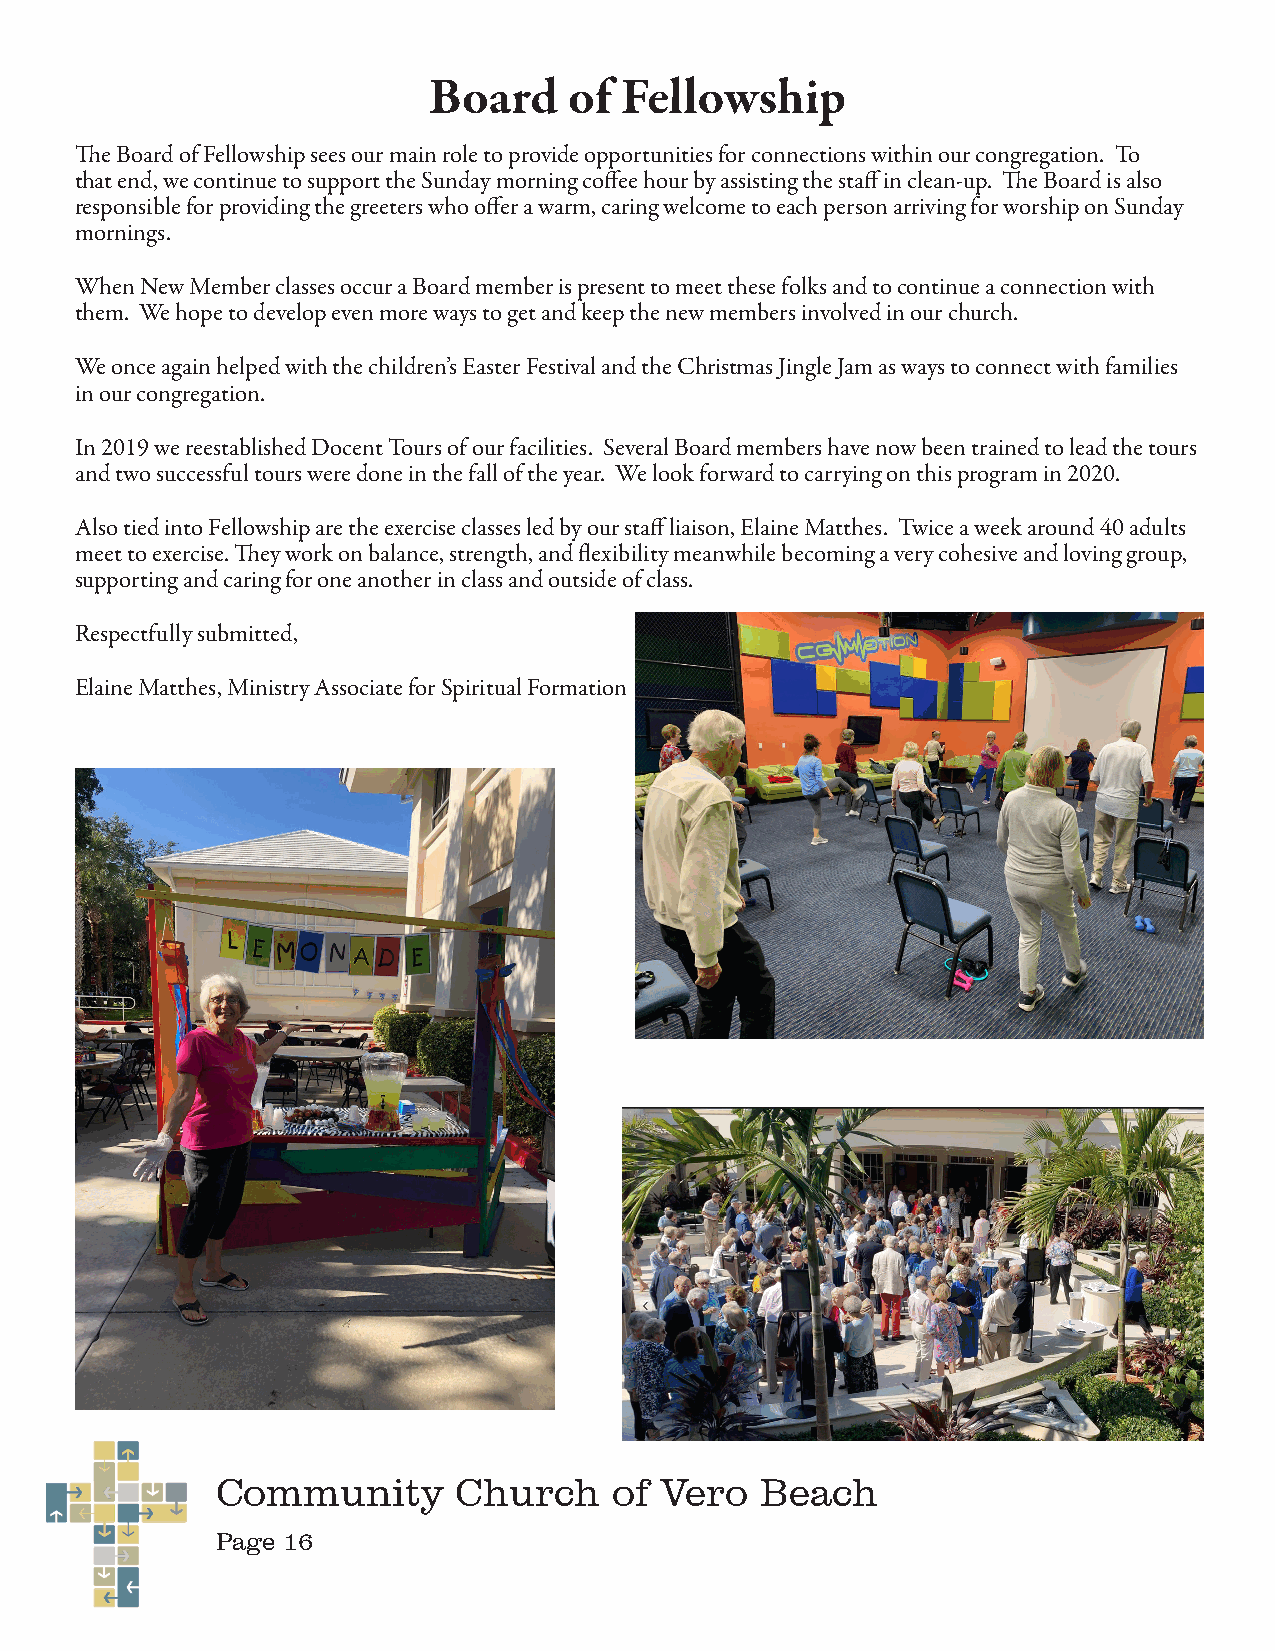
Board     of Fellowship
 The Board of Fellowship sees our main role to provide opportunities for connections within our congregation. To
 that end, we continue to support the Sunday morning coffee hour by assisting the staff in clean-up. The Board is also
 responsible for providing the greeters who offer a warm, caring welcome to each person arriving for worship on Sunday
 mornings.
 When New Member classes occur a Board member is present to meet these folks and to continue a connection with
 them. We hope to develop even more ways to get and keep the new members involved in our church.
 We once again helped with the children’s Easter Festival and the Christmas Jingle Jam as ways to connect with families
 in our congregation.
 In 2019 we reestablished Docent Tours of our facilities. Several Board members have now been trained to lead the tours
 and two successful tours were done in the fall of the year. We look forward to carrying on this program in 2020.
 Also tied into Fellowship are the exercise classes led by our staff liaison, Elaine Matthes. Twice a week around 40 adults
 meet to exercise. They work on balance, strength, and flexibility meanwhile becoming a very cohesive and loving group,
 supporting and caring for one another in class and outside of class.
 Respectfully submitted,
 Elaine Matthes, Ministry Associate for Spiritual Formation
 Community       Church     of Vero  Beach
 Page 16